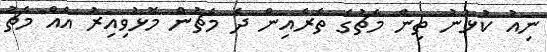
ނިއު ކުޅުނު ތިން މެޗުގެ ތެރެއިން ދެ މެޗުން މޮޅުވިއިރު އެއް މެޗު